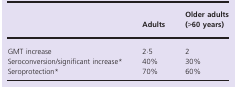
<table><thead><tr><td></td><td><b>Adults</b></td><td><b>Older adults (&gt;60 years)</b></td></tr></thead><tbody><tr><td>GMT increase</td><td>2·5</td><td>2</td></tr><tr><td>Seroconversion/significant increasea</td><td>40%</td><td>30%</td></tr><tr><td>Seroprotectiona</td><td>70%</td><td>60%</td></tr></tbody></table>